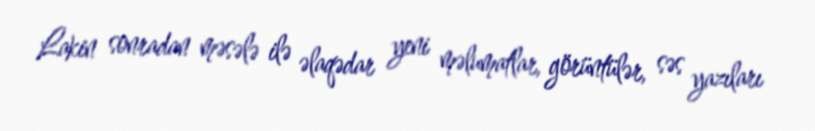
Lakin sonradan məsələ ilə əlaqədar yeni məlumatlar, görüntülər, səs yazıları